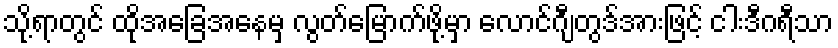
သို့ရာတွင် ထိုအခြေအနေမှ လွတ်မြောက်ဖို့မှာ လောင်ဂျီတွဒ်အားဖြင့် ငါးဒီဂရီသာ